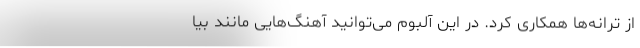
از ترانه‌ها همکاری کرد. در این آلبوم می‌توانید آهنگ‌هایی مانند بیا